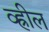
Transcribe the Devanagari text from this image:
व्ह्रील